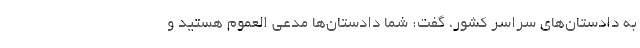
به دادستان‌های سراسر کشور، گفت: شما دادستان‌ها مدعی العموم هستید و